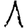
Digit: 1